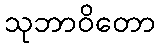
သုဘာဝိတော